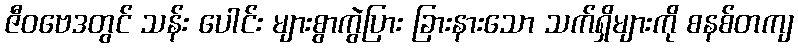
ဇီဝဗေဒတွင် သန်း ပေါင်း များစွာကွဲပြား ခြားနားသော သက်ရှိများကို စနစ်တကျ